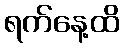
ရက်နေ့ထိ